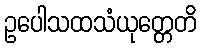
ဥပေါသထသံယုတ္တေတိ